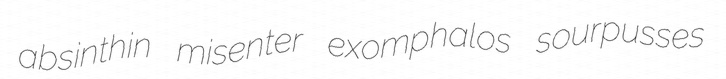
absinthin misenter exomphalos sourpusses